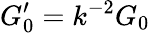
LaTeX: G_{0}^{\prime}=k^{-2}G_{0}